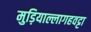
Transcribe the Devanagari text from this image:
मुड़ियाल्लागहवट्टा